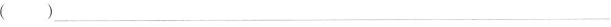
( )____________